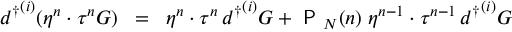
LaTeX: { d ^ { \dagger } } ^ { ( i ) } ( \eta ^ { n } \cdot \tau ^ { n } { \cal { G } } ) \; \; = \; \; \eta ^ { n } \cdot \tau ^ { n } \, { d ^ { \dagger } } ^ { ( i ) } { \cal { G } } + { \textsf { P } } _ { N } ( n ) \; \eta ^ { n - 1 } \cdot \tau ^ { n - 1 } \, { d ^ { \dagger } } ^ { ( i ) } { \cal { G } }